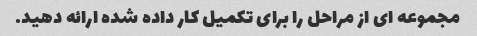
مجموعه ای از مراحل را برای تکمیل کار داده شده ارائه دهید.